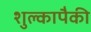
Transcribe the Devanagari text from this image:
शुल्कापैकी